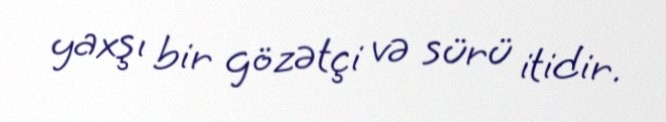
yaxşı bir gözətçi və sürü itidir.